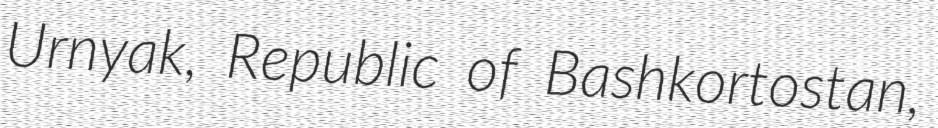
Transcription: Urnyak, Republic of Bashkortostan,